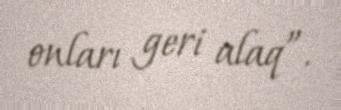
onları geri alaq”.